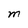
Character: M